Tezpur Lunatic Asylum reports 1895-1904 - 1895-1904
Year: 1895
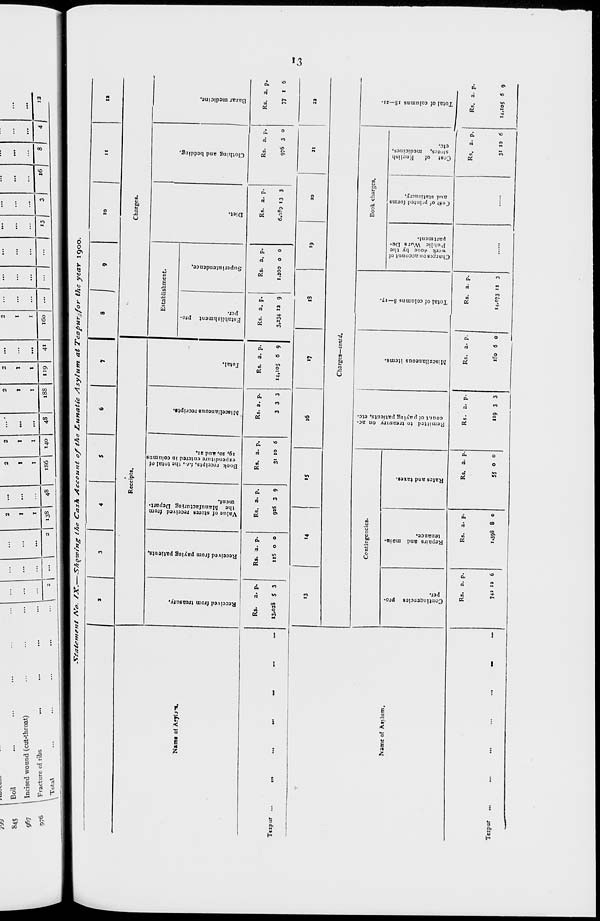
•3
5
n
o
50
ea
o
p
•a
w
•a
1
«
•p
gj
o
ex
u
o
7
Continuencies
per.
pro-
Repairs and main-
tenance.
Rates and taxes.
o o a
03
01
p
M
IS
u
f
u
"O
W
0
*
1 «
?
0
•p
j
Remitted to treasury on ac-
count of paying patients, etc.
Miscellaneous items.
o
3-
w
o
0.
u
p
•a
*>
Total of columns 8—17.
Charges on account of
work <lone by the
Public VVors De-
partment.
Cost o f printed forms
and stationery.
a
Cost of
Fnelish
stores, medicines,
etc.
•a
w
33
<?l
y>
a
u
«a
•a
w
JO
2.
M
1*
p
0
0
■d
to
50
01
0
51
"O
>e
Total of columns 18—21.
Received from treasury.
Received from paying patients.
Value of stores received from
the Manufacturing Depart,
orient.
Book receipts, I.e., the total of
expenditure entered in columns
ly, 20, and 21.
R
•5'
Miscellaneous receipt!.
Total.
establishment pro-
per.
Superintendence.
Ol
SO
ro
<o
U
V
CD
T3
Diet.
Clothing and bedding.
0)
r |
0
T5
33
H
p
0\
•p
n
rr
a
M
13azar medicine.
i
ft
rV
8
8
Si n
a
o
o
St, ON
^1
A
p
3
h
tn
P_ H-
O
g
Cn
03 :
o
e
3
t
U
CO
*•
CO
CO
CM
. to
■2
0
M
M
M
CO
•
:
1.
CO
co
N
£ M M 10
*. :
!
:
0
N
•
:
•
:
:
:
:
' •
:
:
:
Ol
•
:
:
u s
:
•
0\
:
:
•
CO
:
:
;
*.
:
-
:
:
S|
£1